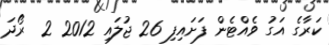
ކަރާގެ އަގު ވެއްޓެން ފަށައިފި 26 ޖުލައި 2012 2  ރޯދަ